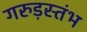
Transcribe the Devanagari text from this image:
गरुड़स्तंभ